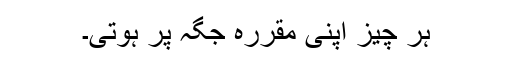
ہر چیز اپنی مقررہ جگہ پر ہوتی۔